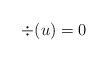
LaTeX: \begin{align*}\div(u)=0\end{align*}